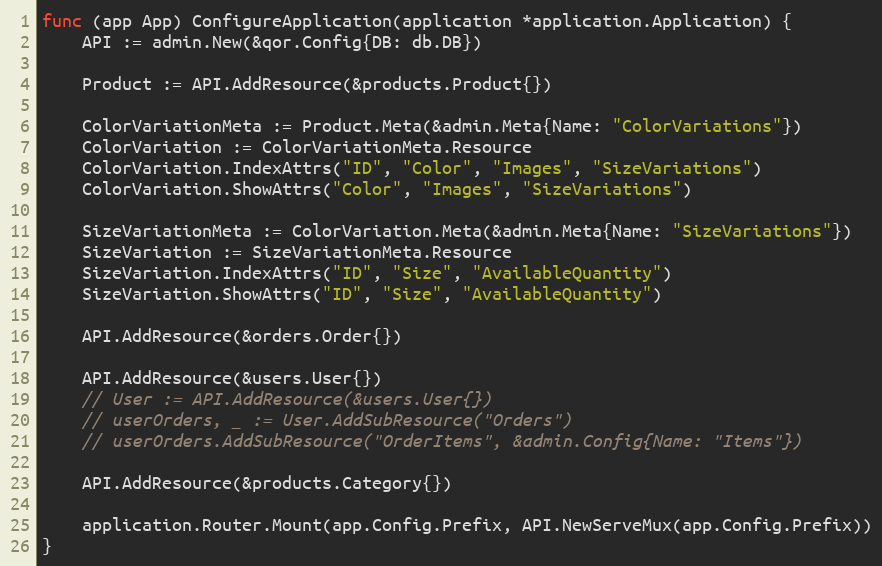
Language: Go
func (app App) ConfigureApplication(application *application.Application) {
	API := admin.New(&qor.Config{DB: db.DB})

	Product := API.AddResource(&products.Product{})

	ColorVariationMeta := Product.Meta(&admin.Meta{Name: "ColorVariations"})
	ColorVariation := ColorVariationMeta.Resource
	ColorVariation.IndexAttrs("ID", "Color", "Images", "SizeVariations")
	ColorVariation.ShowAttrs("Color", "Images", "SizeVariations")

	SizeVariationMeta := ColorVariation.Meta(&admin.Meta{Name: "SizeVariations"})
	SizeVariation := SizeVariationMeta.Resource
	SizeVariation.IndexAttrs("ID", "Size", "AvailableQuantity")
	SizeVariation.ShowAttrs("ID", "Size", "AvailableQuantity")

	API.AddResource(&orders.Order{})

	API.AddResource(&users.User{})
	// User := API.AddResource(&users.User{})
	// userOrders, _ := User.AddSubResource("Orders")
	// userOrders.AddSubResource("OrderItems", &admin.Config{Name: "Items"})

	API.AddResource(&products.Category{})

	application.Router.Mount(app.Config.Prefix, API.NewServeMux(app.Config.Prefix))
}